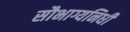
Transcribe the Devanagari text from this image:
सौभाग्यनिधी